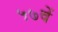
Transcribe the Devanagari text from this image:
५७वें